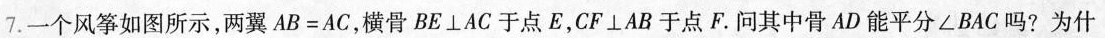
7.一个风筝如图所示，两翼$$A B = A C$$，横骨$$B E\bot A C$$于点E，$$C F\bot A B$$于点F。问其中骨AD能平分∠BAC吗?为什